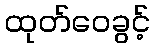
ထုတ်ဝေခွင့်